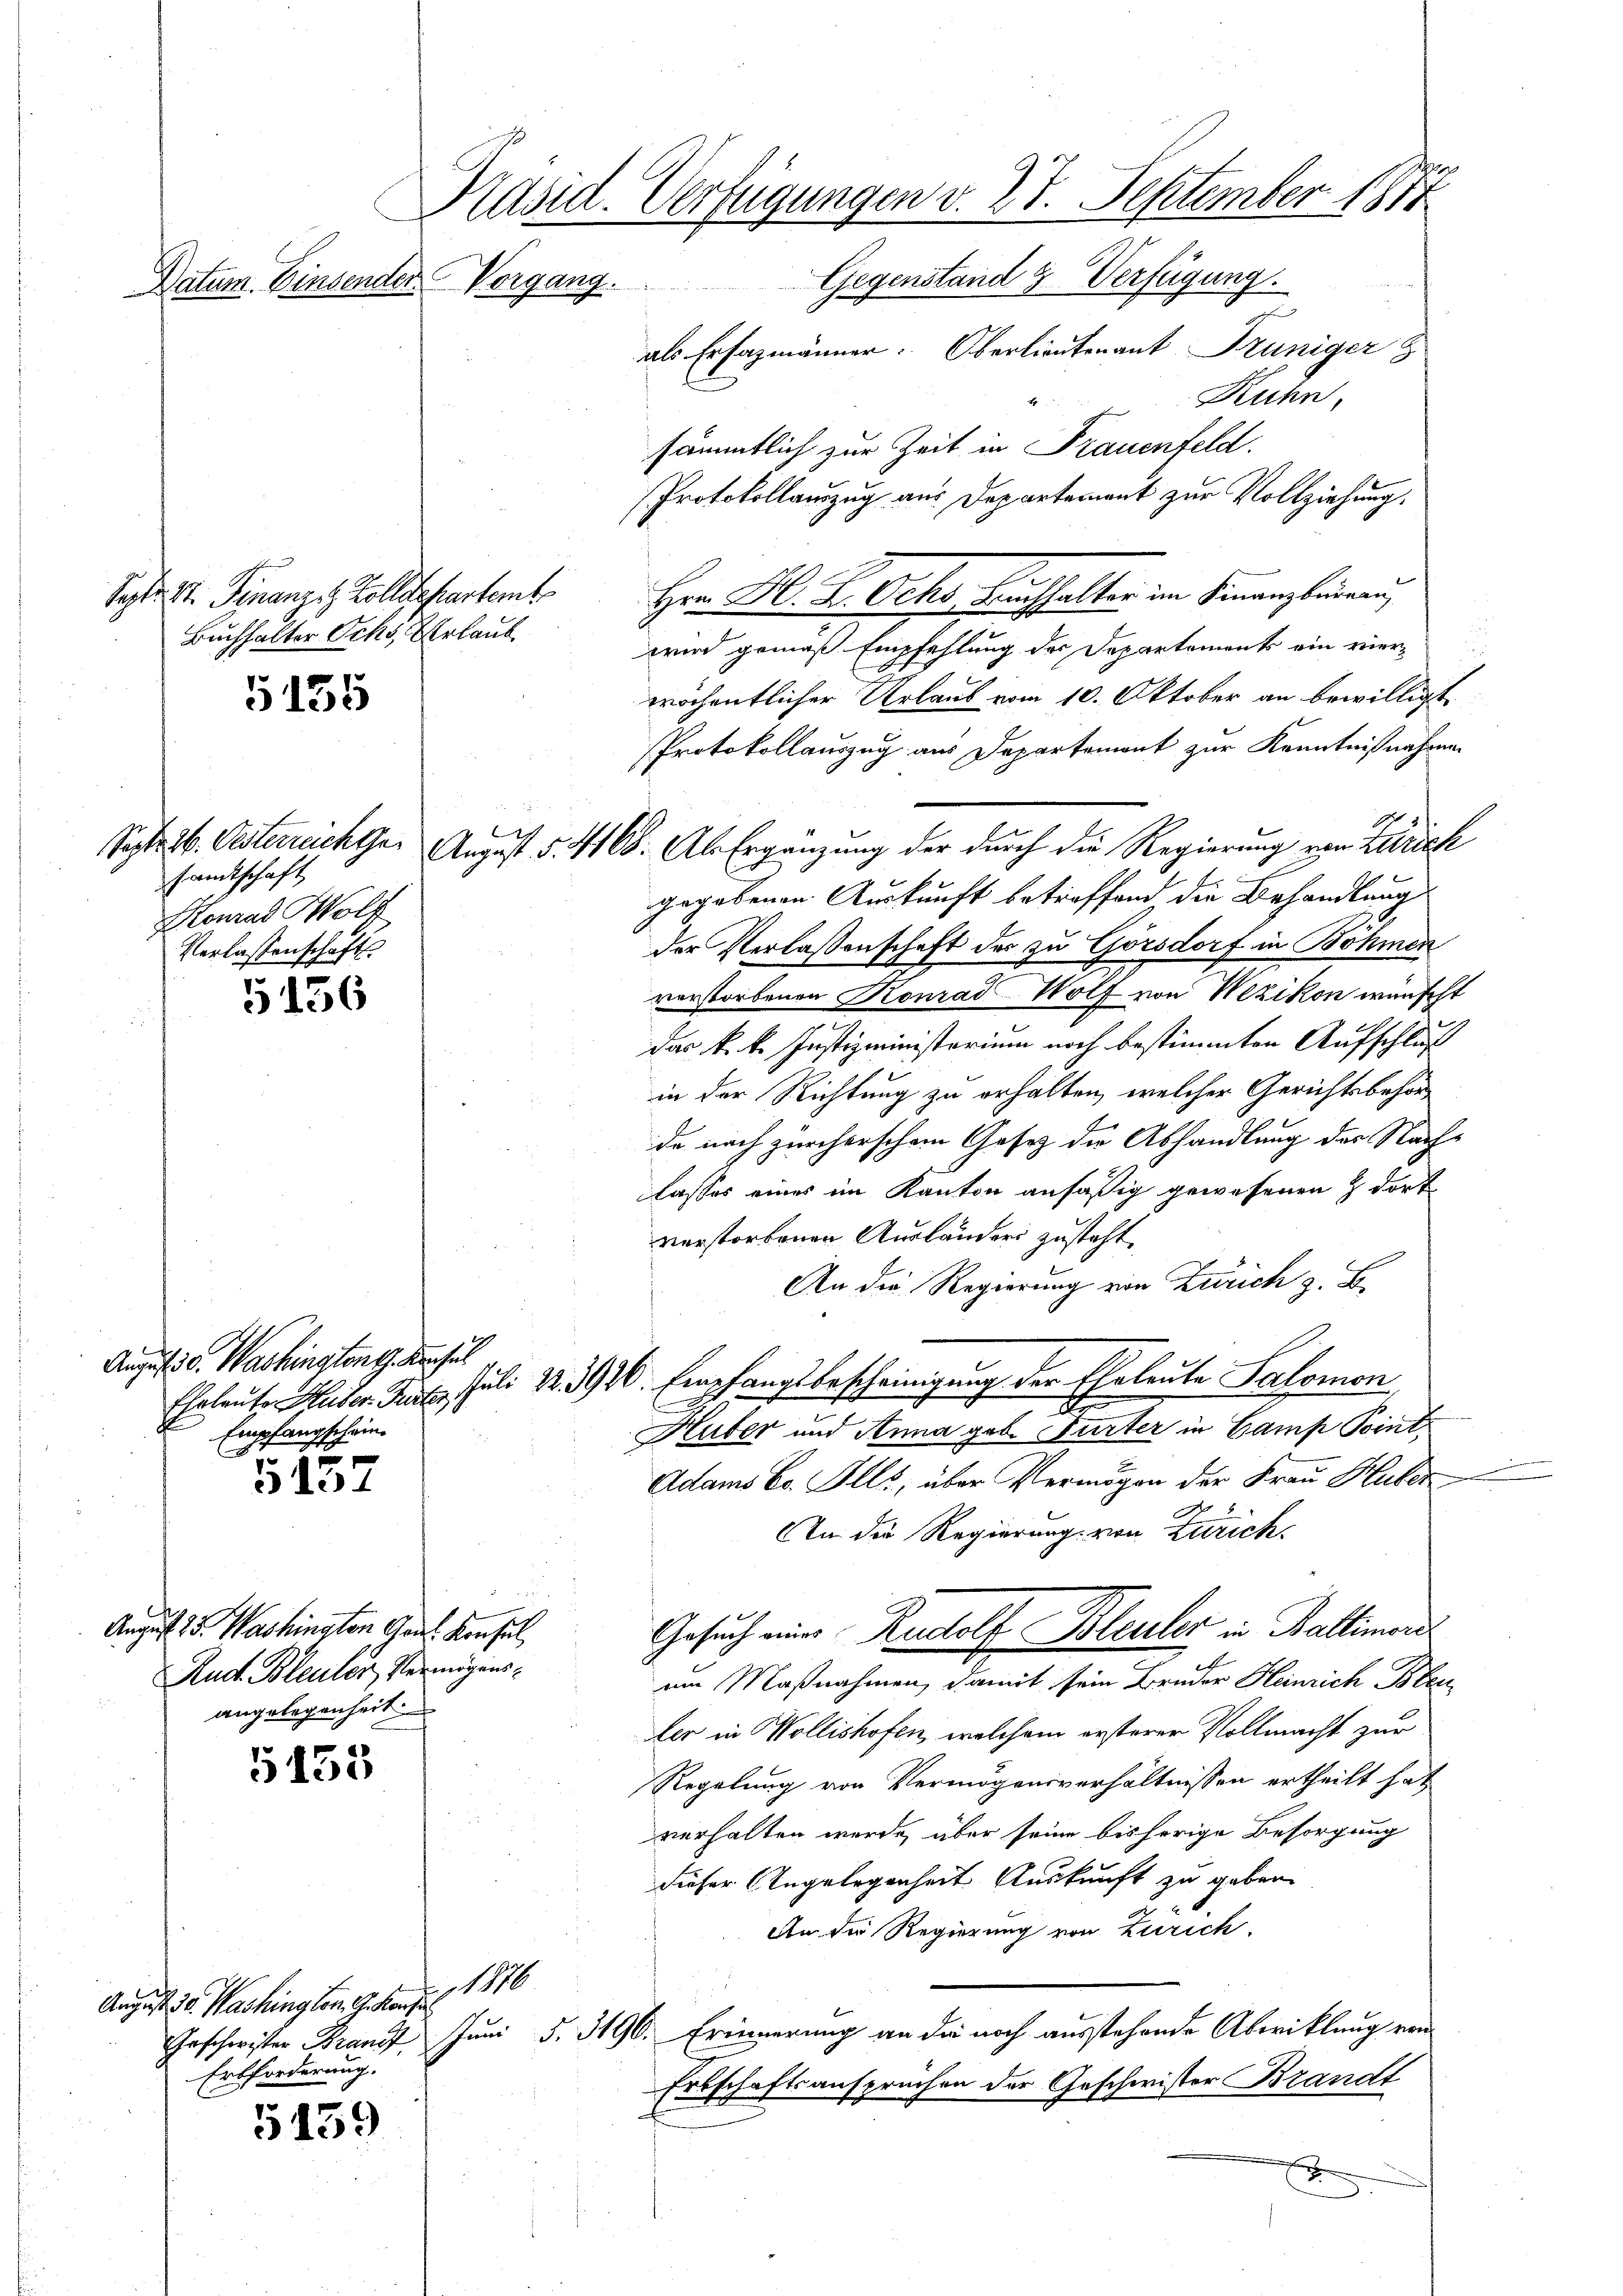
Präsid. Verfügungen v. 27. September 1877
Gegenstand 3. Verfügung.
Datum. Einsender Vorgang.
als Erfazmänner. Oberlieutenant Trüniger

Septe St. Finanze Zolldepartemt
Buchhalter Ochs, Erlaub

5135

5156

August v. Washingtont. Kuchel
Empfangschein¬

5157

e
August 25. Washington Grus. Konsul
Rud. Bleuler, Vermögensangelegenheit.

5153

5459

sandtschaft
Konrad Wolf
Verlassenschaft

Ruhn,
sämmtlich zur Zeit in Frauenfeld.
Protokollauszug aus Departement zur Vollziehung.
Hrr H. B. Octo Nachhalter im Finanzlingen,
wird gemäß Empfehlung des Departements ein vier-
wöchentlicher Urlaub vom 10. Oktober an bewilligt
Protokollauszug aus Departement zur Kenntnißnahmen
Sept. 16. Oesterrechter August §. 4168. Als Ergänzung der durch die Regierung von Zürich
gegebenen Auskunft betreffend die Behandlung
der Verlaßenschaft des zu Görsdorf in Böhmen
vorstorbenen Konrad Wolf von Wezikon wünscht
das k. k. Justizministerium noch bestimmten Aufschluß
in der Richtung zu erhalten, welcher Gerichtsbehörde nach zürcherschem Gesetz die Abhandlung des Nach¬
Casses eines im Kanton ansäßig gewesenen & dort
verstorbenen Ausländers zusteht.
An die Regierung von Zürich z. B.
Ehrleute Huber Fasten Juli 12. 3970. Empfangsbescheinigung der Eheleute Salomon
A.
Huber und Anna geb. Gurter in Camp Point,
Adams Co. Ills, über Vermögen der Frau Huber
An die Regierung von Zürich
Gesuch eine Rudolf Bleuler in Balliment
um Maßnahmen, damit sein Bruder Heinrich Bleuler in Wollishofen, welchem ersterer Vollmacht zur
Regelung von Vermögensverhältnissen ertheilt hat
verhalten wurde, über seine bisherige Besorgung
dieser Angelegenheit Auskunft zu geben.
An die Regierung von Zürich.
110
Geschwister Franz. Juni §. 3196. Erinnerung an die noch ausstehende Abwicklung von
Erbschaftsansprüchen der Geschwister Brandt
s

August v. Washing vor. G. Kaufen
Erbforderung.